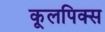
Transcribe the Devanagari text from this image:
कूलपिक्स